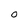
Character: 0